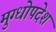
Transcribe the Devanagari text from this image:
मुग्धोपदेश